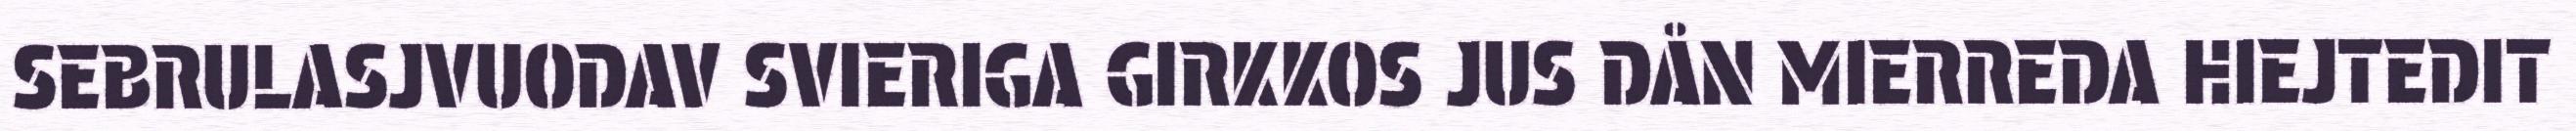
SEBRULASJVUODAV SVIERIGA GIRKKOS JUS DÅN MIERREDA HIEJTEDIT